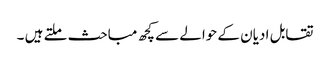
تقابل ادیان کے حوالے سے کچھ مباحث ملتے ہیں ۔